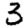
Digit: 3